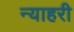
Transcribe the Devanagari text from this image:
न्याहरी